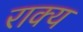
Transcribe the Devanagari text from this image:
राक्य